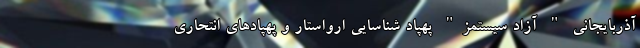
آذربایجانی " آزاد سیستمز" پهپاد شناسایی ارو‌استار و پهپاد‌های انتحاری